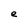
Character: e